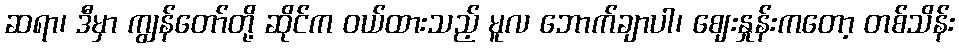
ဆရာ၊ ဒီမှာ ကျွန်တော်တို့ ဆိုင်က ဝယ်ထားသည့် မူလ ဘောက်ချာပါ၊ ဈေးနှုန်းကတော့ တစ်သိန်း